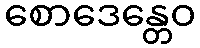
စောဒေန္တေဝ